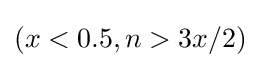
(x<0.5,n>3x/2)